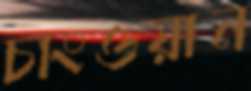
চাংওয়ান